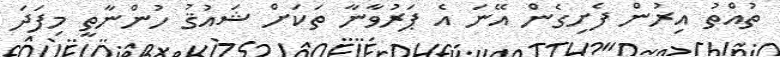
ތުއްތު އިރުން ފެށިގެން އޭނަ އެ ޕަރުވާނާ ތަކަށް ޝައުޤު ހުންނާތީ މިފަދަ